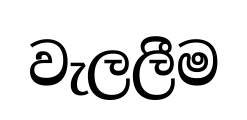
වැලලීම